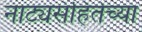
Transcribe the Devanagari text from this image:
नाट्यसंहितेच्या